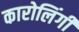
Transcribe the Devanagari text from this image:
कारोलिंगी